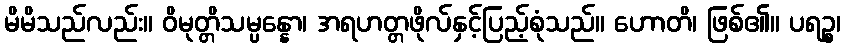
မိမိသည်လည်း။ ဝိမုတ္တိသမ္ပန္နော၊ အရဟတ္တဖိုလ်နှင့်ပြည့်စုံသည်။ ဟောတိ၊ ဖြစ်၏။ ပရဉ္စ၊